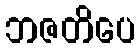
ဘဇတိပေ